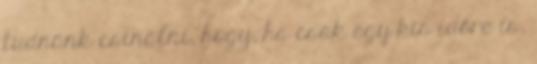
tudnánk csinálni, hogy, ha csak egy kis időre is,